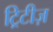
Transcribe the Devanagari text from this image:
ट्रिटीज़